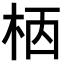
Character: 𣐸